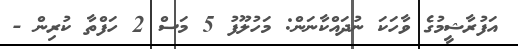
އަފުރާޝީމުގެ ވާހަކަ ނުދައްކާނަން: މަހުލޫފު 5 މަސް 2 ހަފްތާ ކުރިން -